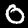
Label: 0